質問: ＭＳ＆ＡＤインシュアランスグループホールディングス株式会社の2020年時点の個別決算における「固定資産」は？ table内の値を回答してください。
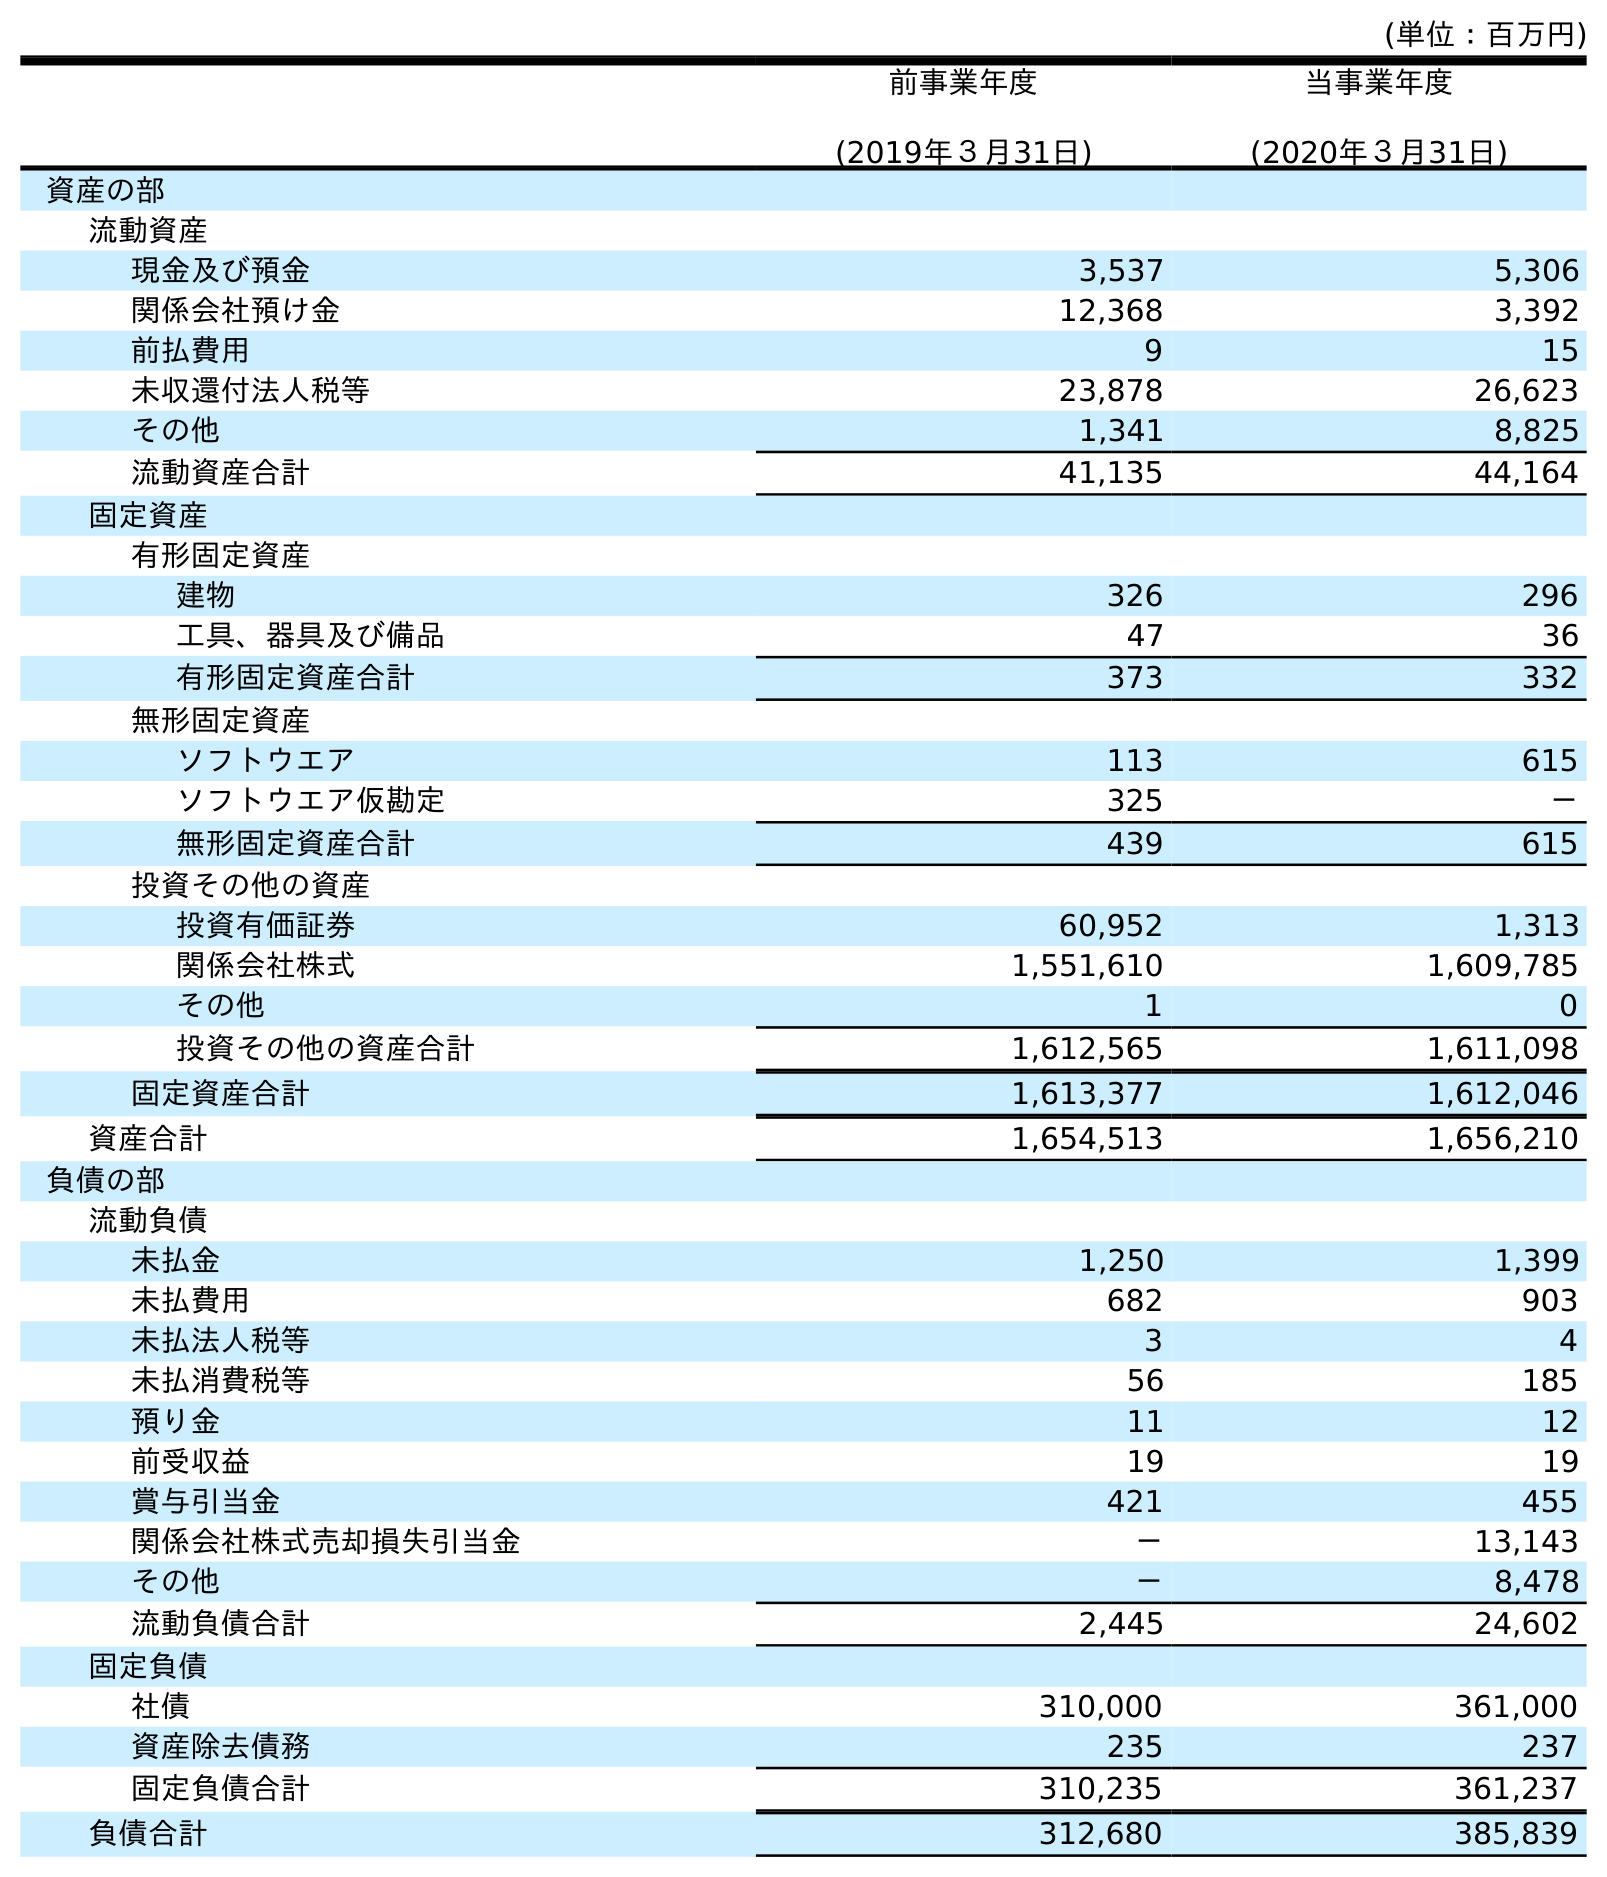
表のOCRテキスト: (単位：百万円) 前事業年度 (2019年３月31日) 当事業年度 (2020年３月31日) 資産の部 流動資産 現金及び預金 3,537 5,306 関係会社預け金 12,368 3,392 前払費用 9 15 未収還付法人税等 23,878 26,623 その他 1,341 8,825 流動資産合計 41,135 44,164 固定資産 有形固定資産 建物 326 296 工具、器具及び備品 47 36 有形固定資産合計 373 332 無形固定資産 ソフトウエア 113 615 ソフトウエア仮勘定 325 － 無形固定資産合計 439 615 投資その他の資産 投資有価証券 60,952 1,313 関係会社株式 1,551,610 1,609,785 その他 1 0 投資その他の資産合計 1,612,565 1,611,098 固定資産合計 1,613,377 1,612,046 資産合計 1,654,513 1,656,210 負債の部 流動負債 未払金 1,250 1,399 未払費用 682 903 未払法人税等 3 4 未払消費税等 56 185 預り金 11 12 前受収益 19 19 賞与引当金 421 455 関係会社株式売却損失引当金 － 13,143 その他 － 8,478 流動負債合計 2,445 24,602 固定負債 社債 310,000 361,000 資産除去債務 235 237 固定負債合計 310,235 361,237 負債合計 312,680 385,839
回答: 1,612,046